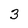
Character: 3